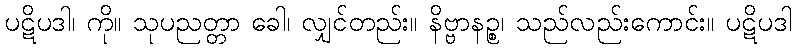
ပဋိပဒါ၊ ကို။ သုပညတ္တာ ခေါ၊ လျှင်တည်း။ နိဗ္ဗာနဉ္စ၊ သည်လည်းကောင်း။ ပဋိပဒါ